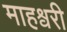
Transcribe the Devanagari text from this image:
माहश्वरी